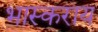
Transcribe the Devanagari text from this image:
भास्कराय